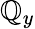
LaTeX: \mathbb{Q}_{y}